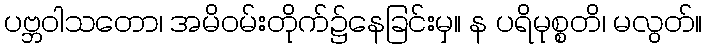
ပဗ္ဘဝါသတော၊ အမိဝမ်းတိုက်၌နေခြင်းမှ။ န ပရိမုစ္စတိ၊ မလွတ်။